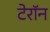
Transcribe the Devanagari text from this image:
टेरॉन